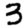
Digit: 3